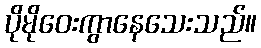
ပိုမိုဝေးကွာနေသေးသည်။